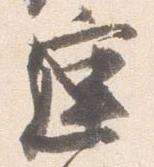
庭